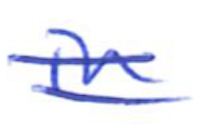
Text: in
Cross-out: mix
Writing tool: ballpoint